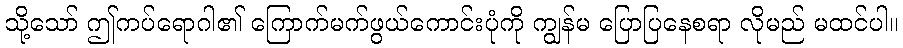
သို့သော် ဤကပ်ရောဂါ၏ ကြောက်မက်ဖွယ်ကောင်းပုံကို ကျွန်မ ပြောပြနေစရာ လိုမည် မထင်ပါ။